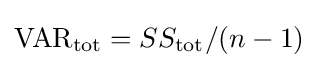
{\text{VAR}}_{\text{tot}}=SS_{\text{tot}}/(n-1)